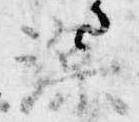
深